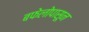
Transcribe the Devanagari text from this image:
बफेलोपासून